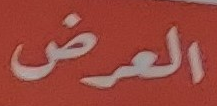
العرض